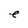
Character: e